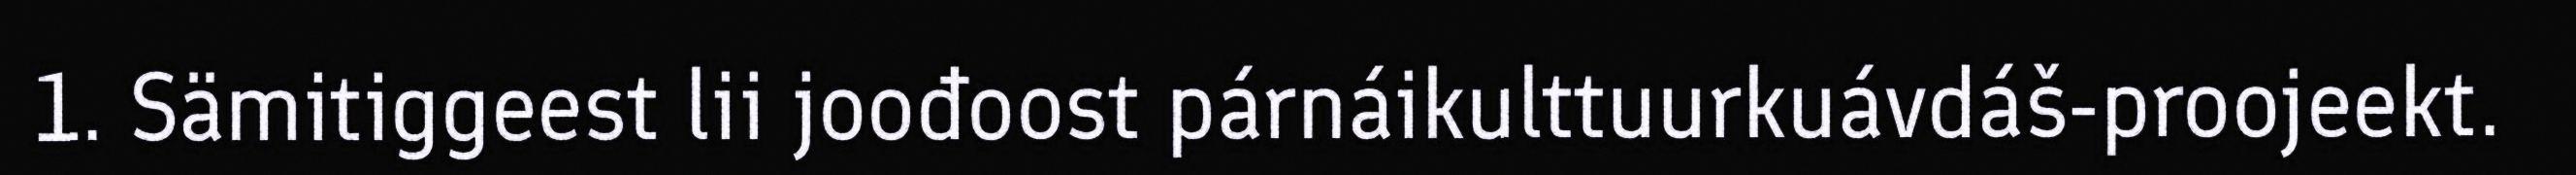
1. Sämitiggeest lii joođoost párnáikulttuurkuávdáš-proojeekt.